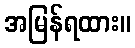
အမြန်ရထား။